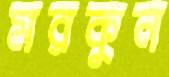
মরকুন